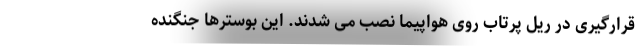
قرارگیری در ریل پرتاب روی هواپیما نصب می شدند. این بوسترها جنگنده